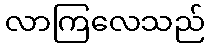
လာကြလေသည်